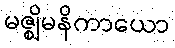
မဇ္ဈိမနိကာယော